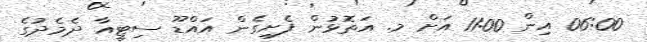
06:00 އިން 11:00 އަށް މ. އަތޮޅުން ފެށިގެން އައްޑޫ ސިޓީއާ ދެމެދުގެ